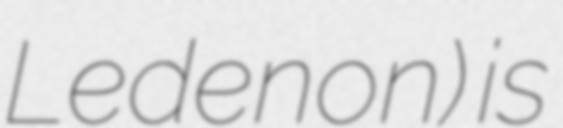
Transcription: Ledenon) is